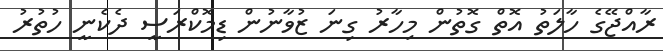
ރާއްޖޭގެ ހާލަތު އޮތް ގޮތުން މިހާރު ގިނަ ޒުވާނުން ޑިމޮކްރަސީ ދެކެނީ ހުތުރު